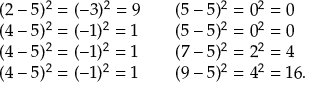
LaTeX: \begin{array} { l l l } { ( 2 - 5 ) ^ { 2 } = ( - 3 ) ^ { 2 } = 9 } & { } & { ( 5 - 5 ) ^ { 2 } = 0 ^ { 2 } = 0 } \\ { ( 4 - 5 ) ^ { 2 } = ( - 1 ) ^ { 2 } = 1 } & { } & { ( 5 - 5 ) ^ { 2 } = 0 ^ { 2 } = 0 } \\ { ( 4 - 5 ) ^ { 2 } = ( - 1 ) ^ { 2 } = 1 } & { } & { ( 7 - 5 ) ^ { 2 } = 2 ^ { 2 } = 4 } \\ { ( 4 - 5 ) ^ { 2 } = ( - 1 ) ^ { 2 } = 1 } & { } & { ( 9 - 5 ) ^ { 2 } = 4 ^ { 2 } = 1 6 . } \end{array}